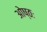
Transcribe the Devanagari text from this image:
ओष्ठः